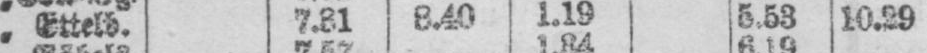
„ Ettelb. 7.31 8.40 1.19 5.53 10.29